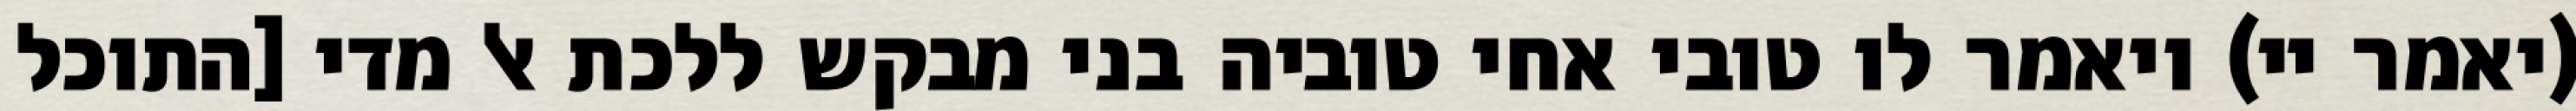
(יאמר יי) ויאמר לו טובי אחי טוביה בני מבקש ללכת אל מדי [התוכל